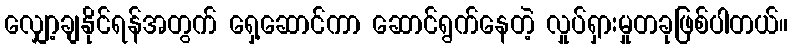
လျှော့ချနိုင်ရန်အတွက် ရှေ့ဆောင်ကာ ဆောင်ရွက်နေတဲ့ လှုပ်ရှားမှုတခုဖြစ်ပါတယ်။